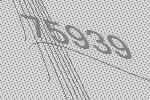
75939